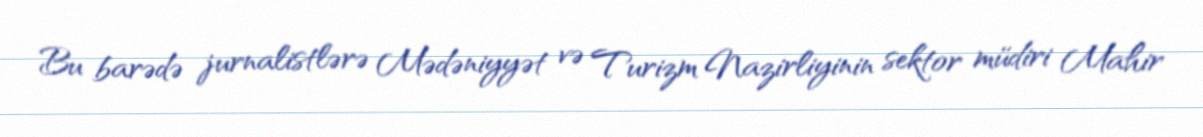
Bu barədə jurnalistlərə Mədəniyyət və Turizm Nazirliyinin sektor müdiri Mahir